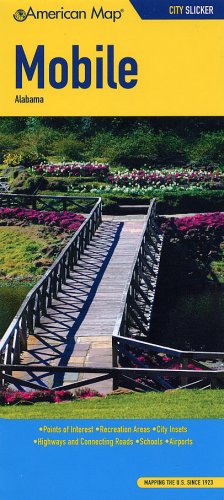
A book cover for American Map Mobile, Al Slicker; Travel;